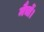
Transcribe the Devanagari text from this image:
मैचों।